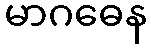
မာဂဓေန